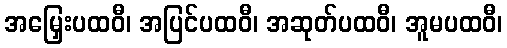
အမြှေးပထဝီ၊ အပြင်ပထဝီ၊ အဆုတ်ပထဝီ၊ အူမပထဝီ၊